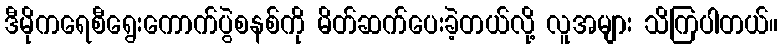
ဒီမိုကရေစီရွေးကောက်ပွဲစနစ်ကို မိတ်ဆက်ပေးခဲ့တယ်လို့ လူအများ သိကြပါတယ်။